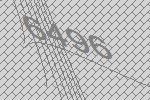
6496